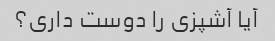
آیا آشپزی را دوست داری؟